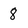
Character: 8